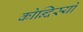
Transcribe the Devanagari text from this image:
कोन्दिस्यों